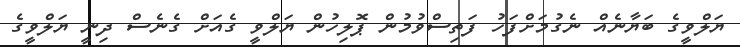
ޔަލްވީގެ ބަޔާނެއް ނެގުމަށްފަހު ފަތިސްވުމުން ޕޮލިހުން ޔަލްވީ ގެއަށް ގެނެސް ދިނީ ޔަލްވީގެ